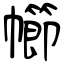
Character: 幯